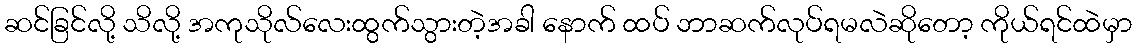
ဆင်ခြင်လို့ သိလို့ အကုသိုလ်လေးထွက်သွားတဲ့အခါ နောက် ထပ် ဘာဆက်လုပ်ရမလဲဆိုတော့ ကိုယ်ရင်ထဲမှာ